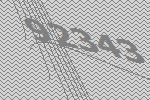
92343